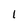
Character: 1